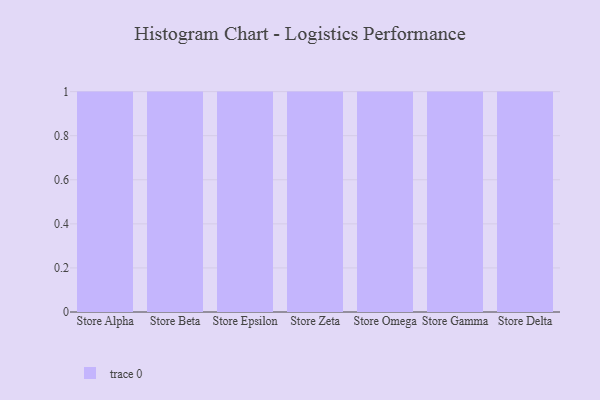
{"axis": {"x": "Store", "y": "Latency (ms)"}, "legend": [""], "data": [{"x": "Store Alpha", "y": 34, "type": ""}, {"x": "Store Beta", "y": 34, "type": ""}, {"x": "Store Epsilon", "y": 3, "type": ""}, {"x": "Store Zeta", "y": 20, "type": ""}, {"x": "Store Omega", "y": 56, "type": ""}, {"x": "Store Gamma", "y": 17, "type": ""}, {"x": "Store Delta", "y": 20, "type": ""}]}